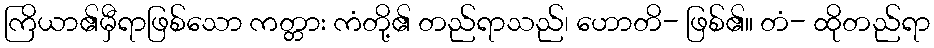
ကြိယာ၏မှီရာဖြစ်သော ကတ္တား ကံတို့၏ တည်ရာသည်၊ ဟောတိ- ဖြစ်၏။ တံ- ထိုတည်ရာ